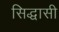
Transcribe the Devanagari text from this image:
सिद्धासी